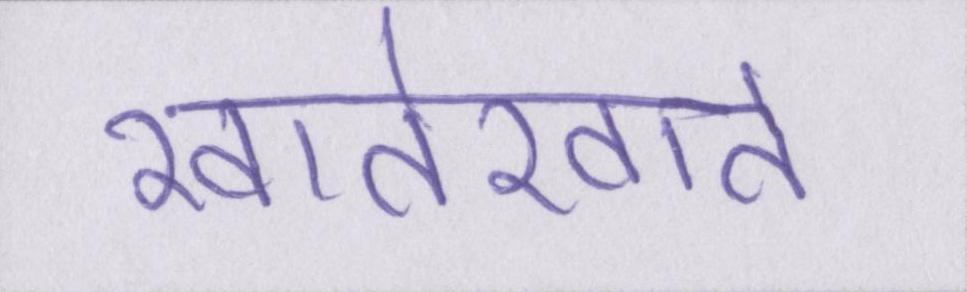
खातेखाते